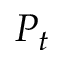
P _ { t }